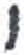
אות: י